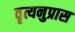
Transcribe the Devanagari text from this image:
वृत्यनुप्रास